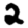
Digit: 2